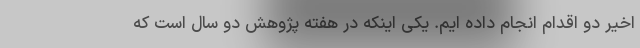
اخیر دو اقدام انجام داده ایم. یکی اینکه در هفته پژوهش دو سال است که